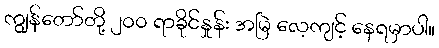
ကျွန်တော်တို့ ၂၀၀ ရာခိုင်နှုန်း အမြဲ လေ့ကျင့် နေရမှာပါ။